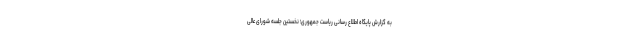
به گزارش پایگاه اطلاع رسانی ریاست جمهوری؛ نخستین جلسه شورای عالی